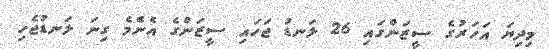
މިދިޔަ އަހަރުގެ ސީޒަންގައި 26 ލަނޑު ޖަހައި ސީޒަންގެ އެންެމެ ގިނަ ލަނޑުޖެހި